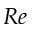
R e